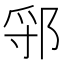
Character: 𬪃